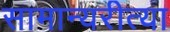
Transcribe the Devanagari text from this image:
सामान्यरीत्या